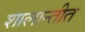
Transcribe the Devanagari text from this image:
शालान्तीत